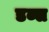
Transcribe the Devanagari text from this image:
डब्स